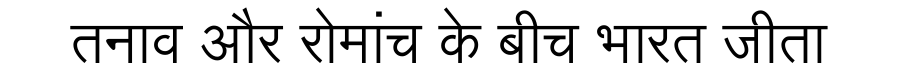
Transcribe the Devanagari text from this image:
तनाव और रोमांच के बीच भारत जीता